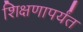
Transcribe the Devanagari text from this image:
शिक्षणापर्यंत